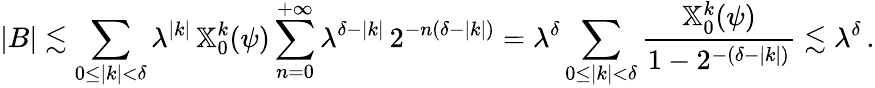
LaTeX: |B|\lesssim\sum_{0\le|k|<\delta}\lambda^{|k|}\, \mathbb{X}_{0}^{k}(\psi)\sum_{n=0}^{+\infty}\lambda^{\delta-|k|}\, 2^{-n(\delta-|k|)}=\lambda^{\delta}\sum_{0\le|k|<\delta}\frac{\mathbb{X}_{0}^{k}(\psi)}{1-2^{-(\delta-|k|)}}\lesssim\lambda^{\delta}\, .